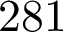
2 8 1